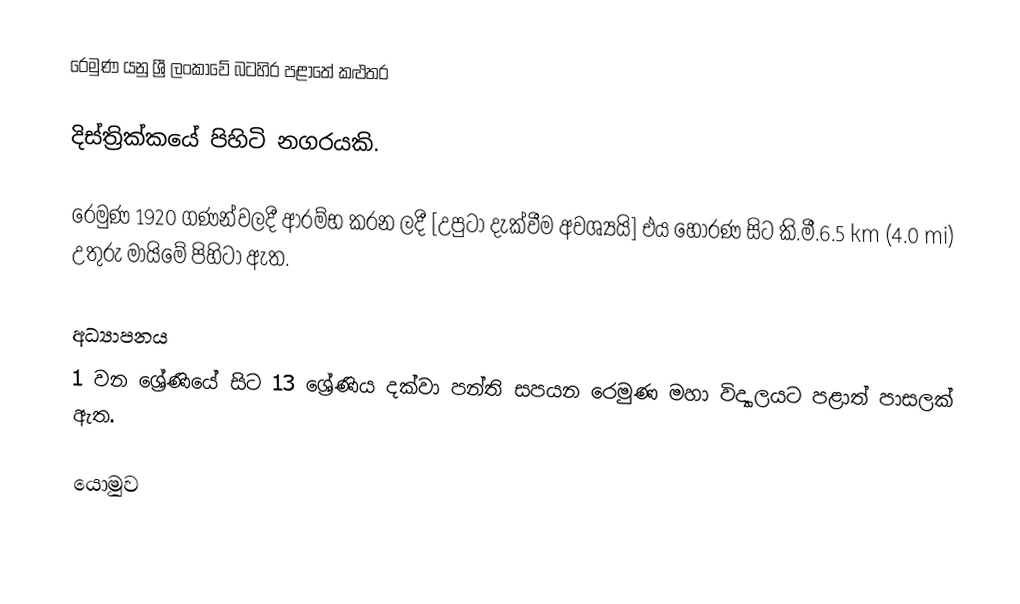
රෙමුණ යනු ශ්‍රී ලංකාවේ බටහිර පළාතේ කළුතර

දිස්ත්‍රික්කයේ පිහිටි නගරයකි.

රෙමුණ 1920 ගණන්වලදී ආරම්භ කරන ලදී [උපුටා දැක්වීම අවශ්‍යයි] එය හොරණ සිට කි.මී.6.5 km (4.0 mi) උතුරු මායිමේ පිහිටා ඇත.

අධ්‍යාපනය
1 වන ශ්‍රේණියේ සිට 13 ශ්‍රේණිය දක්වා පන්ති සපයන රෙමුණ මහා විද්‍යාලයට පළාත් පාසලක් ඇත.

යොමුව